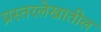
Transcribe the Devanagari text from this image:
प्रस्तरलेखातील